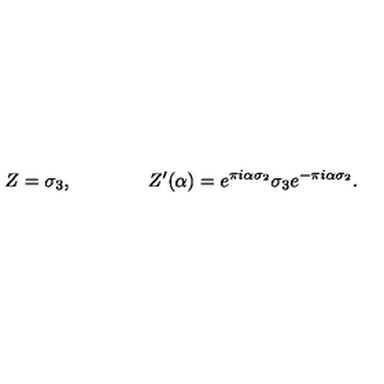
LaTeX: Z = \sigma _ { 3 } , \qquad \qquad Z ^ { \prime } ( \alpha ) = e ^ { \pi i \alpha \sigma _ { 2 } } \sigma _ { 3 } e ^ { - \pi i \alpha \sigma _ { 2 } } .